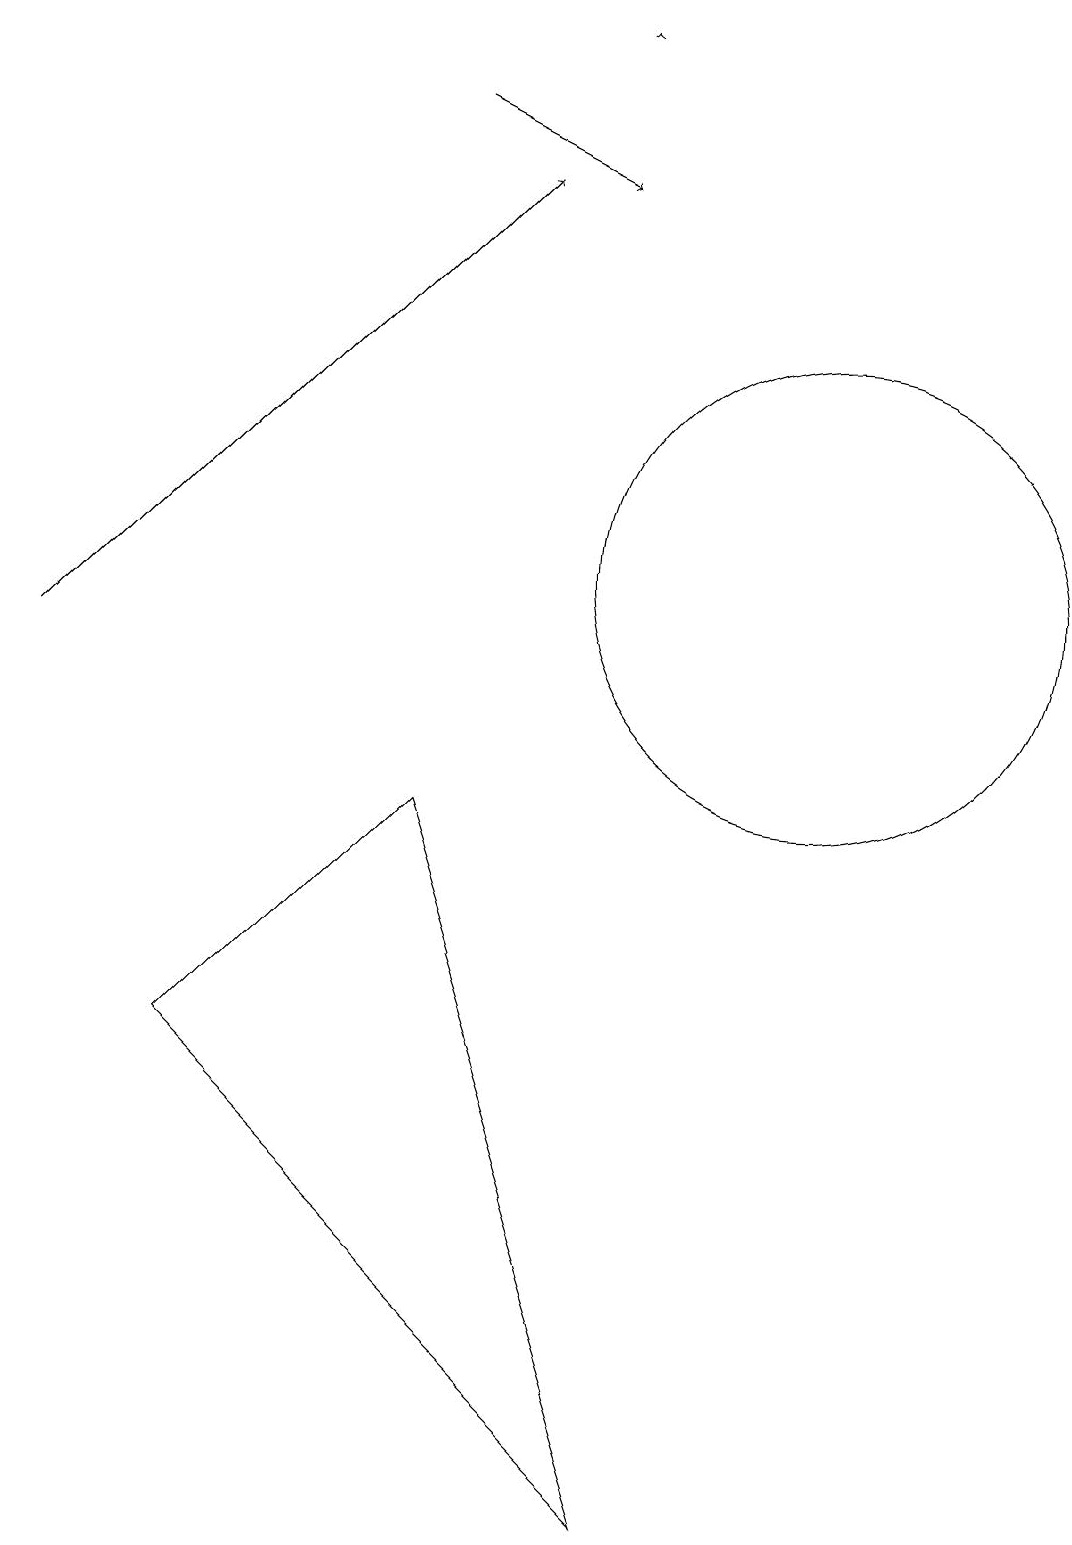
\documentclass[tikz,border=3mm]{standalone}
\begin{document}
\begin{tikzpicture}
\draw (3,6) -- (6,9) -- (9,0) -- cycle;
\draw[->] (8,19) -- (8,19);
\draw (11,12) circle (3);
\draw[->] (6,18) -- (8,17);
\draw[->] (1,11) -- (7,17);
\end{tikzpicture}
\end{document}